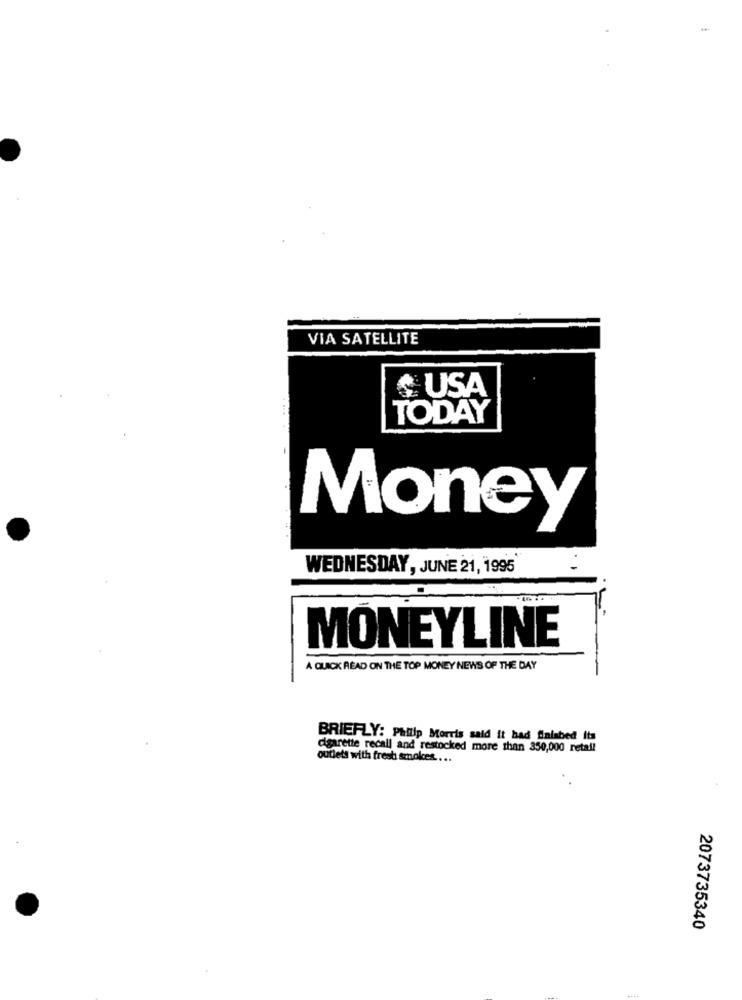
VIA SATELLITE
USA
TODAY
Money
WEDNESDAY, JUNE 21, 1995
MONEYLINE
A QUICK READ ON THE TOP MONEY NEWS OF THE DAY
BRIEFLY: Philip Morris said it had finished its
cigarette recall and restocked more than 350,000 retail
outlets with fresh smokes ....
2073735340